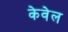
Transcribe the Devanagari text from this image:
केवेल